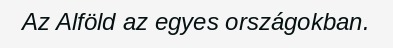
Az Alföld az egyes országokban.